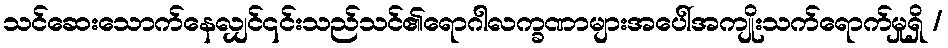
သင်ဆေးသောက်နေလျှင်၎င်းသည်သင်၏ရောဂါလက္ခဏာများအပေါ်အကျိုးသက်ရောက်မှုရှိ /